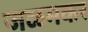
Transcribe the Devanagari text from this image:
जळमकर